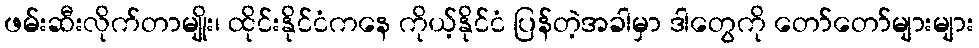
ဖမ်းဆီးလိုက်တာမျိုး၊ ထိုင်းနိုင်ငံကနေ ကိုယ့်နိုင်ငံ ပြန်တဲ့အခါမှာ ဒါတွေကို တော်တော်များများ